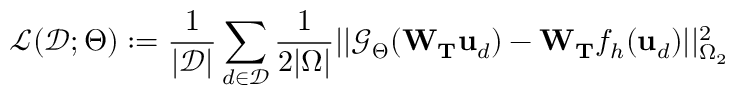
\mathcal { L } ( \mathcal { D } ; \boldsymbol { \Theta } ) : = \frac { 1 } { | \mathcal { D } | } \sum _ { d \in \mathcal { D } } \frac { 1 } { 2 | \Omega | } | | \mathcal { G } _ { \boldsymbol { \Theta } } ( \mathbf { W } _ { \mathbf { T } } \mathbf { u } _ { d } ) - \mathbf { W } _ { \mathbf { T } } f _ { h } ( \mathbf { u } _ { d } ) | | _ { \Omega _ { 2 } } ^ { 2 }